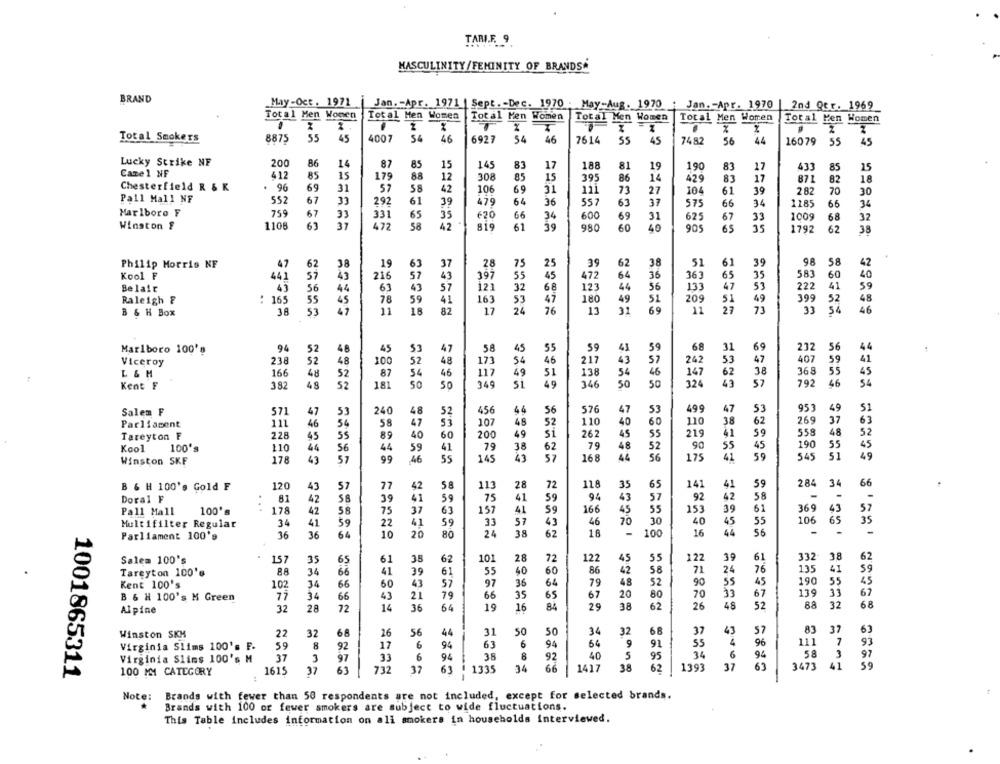
TARIF. 9
MASCULINITY/FEMINITY OF BRANDSA
BRAND
May-Oct. 1971 Jan. - Apr. 1971 | Sept. - Dec. 1970 . May-Aug. 1970 : Jan. - Apr. 1970
2nd Qtr. 1969
Total Men Wonen
Total Men Women
Total Men Women
Total Hen Women
Total Men Women
Total Men Women
X
55
45
4007
56
46
54
Total Smokers
8875
6927
46
7614
55
45
7482
56
44
16079
55
45
Lucky Strike NF
200
86
14
87
as
15
145
83
17
188
81
19
190
83
17
433
85
15
Camel NF
412
85
15
179
88
12
308
85
15
395
86
14
429
81
17
871
82
18
Chesterfield R & K
. 96
69
31
57
58
42
106
69
31
111
73
27
104
61
39
282
70
30
67
Pall Mall NF
552
33
292
61
39
479
64
36
557
63
37
575
66
34
1185
66
34
Marlboro F
759
67
33
331
65
35
620
66
34
600
69
31
67
625
33
1009
68
32
Winston f
1108
63
31
472
58
42
819
61
39
980
60
40
905
65
35
1792
62
38
61
39
42
Philip Morris NF
47
62
38
19
63
37
28
25
3
62
38
51
98
S8
Kool F
43
216
43
55
45
64
36
65
35
583
60
40
4
397
472
363
Belair
56
44
43
57
12)
32
68
123
44
56
133
47
53
222
41
: 165
55
78
59
41
180
49
51
209
51
49
399
48
Raleigh &
45
163
47
52
B & H Box
36
53
47
18
82
17
76
13
31
69
11
27
33
46
Marlboro 100's
94
52
48
45
47
58
45
55
59
41
68
31
69
232
56
44
$2
48
52
48
46
43
53
47
59
41
Viceroy
238
173
54
217
242
407
L & M
166
48
52
87
54
46
117
49
51
138
54
46
147
62
38
36 8
55
45
50
49
50
43
46
34
Kent F
382
48
52
181
50
349
346
50
324
57
792
Salem F
571
47
53
240
48
52
456
56
576
47
53
499
47
53
953
49
5
52
110
40
38
62
269
37
63
Parliament
111
46
54
58
47
107
48
60
110
Tareyton F
228
45
55
89
40
60
200
49
Si
262
45
219
41
558
48
52
55
45
190
55
45
Kool
100's
110
44
56
44
59
41
79
38
62
79
48
52
90
178
99
46
55
145
43
57
168
44
56
175
41
59
545
49
Winston SKF
43
57
59
34
66
B & H 100's Gold F
120
43
77
42
58
113
28
72
118
35
65
141
41
284
81
39
41
41
59
92
43
57
42
-
Doral F
42
SE
75
92
Pall Mall
100's
...
178
42
75
37
63
157
41
166
45
55
153
39
61
369
43
57
70
30
55
106
65
35
Multifilter Regular
34
41
$9
22
41
59
33
57
43
46
40
45
Parliament 100's
36
36
64
10
20
80
24
38
62
16
100
16
44
56
-
35
61
10
28
122
55
122
39
332-
38
62
Salem 100's
157
65
35
62
72
45
61
Tareyton 100's
88
34
66
41
39
61
55
40
60
86
42
58
71
24
76
135
41
59
48
90
55
45
190
Kent 100's
102
34
66
60
43
57
97
36
64
79
52
55
B & H 100's M Green
77
34
66
43
21
79
66
35
65
67
20
80
70
33
67
139
31
67
88
32
68
Alpine
32
28
72
14
36
64
19
16
84
29
38
62
26
48
52
Winston SKK
22
32
68
26
56
44
31
50
34
32
68
37
43
57
37
63
63
6
94
9
55
4
96
Virginia Slims 100's F.
59
R
92
17
6
94
91
111 7
93
37
3
97
33
6
94
8
92
40
5
95
34
94
58 3
97
Virginia Slims 100's M
1001865311
100 MM CATEGORY
1615
37
61
732
37
63
1335
34
66
1417
38
62
1393
37
63
41
59
Brands with fewer than 50 respondents are not included, except for selected brands.
Note:
Brands with 100 or fewer smokers are subject to wide fluctuations.
This Table includes information on all smokers in households interviewed.